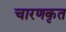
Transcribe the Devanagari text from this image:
चारणकृत